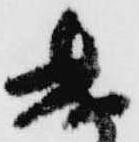
遣